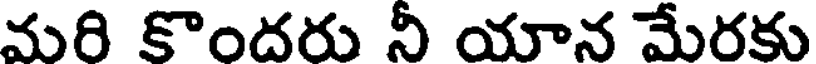
మరి కొందరు నీ యాన మేరకు